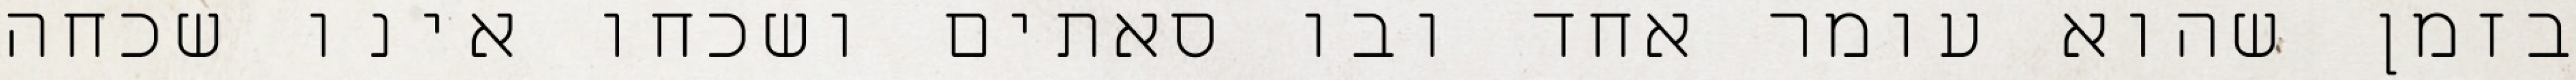
בזמן שהוא עומר אחד ובו סאתים ושכחו אינו שכחה